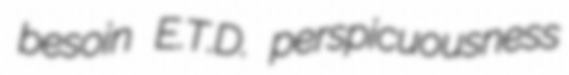
besoin E.T.D. perspicuousness